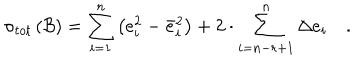
LaTeX: \sigma _ { t o t } \left( { \cal B } \right) = \sum _ { i = 1 } ^ { n } \left( e _ { i } ^ { 2 } - \bar { e } _ { i } ^ { 2 } \right) + 2 \cdot \sum _ { i = n - r + 1 } ^ { n } \Delta e _ { i } \quad .